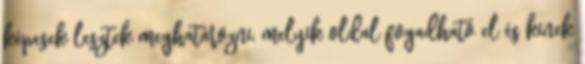
képesek lesztek meghatározni, melyik oldal fogadható el és kinek